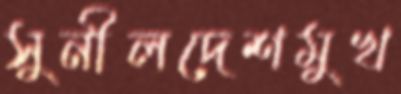
সুনীলদেশমুখ